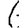
Digit: 6